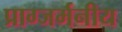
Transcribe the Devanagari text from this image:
प्राग्जर्मनीय